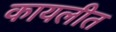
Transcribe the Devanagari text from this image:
कायलीत